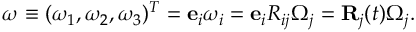
\begin{array} { r } { { \boldsymbol \omega } \equiv ( \omega _ { 1 } , \omega _ { 2 } , \omega _ { 3 } ) ^ { T } = { \bf e } _ { i } \omega _ { i } = { \bf e } _ { i } R _ { i j } \Omega _ { j } = { \bf R } _ { j } ( t ) \Omega _ { j } . } \end{array}